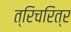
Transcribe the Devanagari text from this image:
त्रिचरित्र